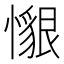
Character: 𢢽